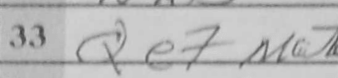
Transcription: Qe7